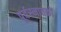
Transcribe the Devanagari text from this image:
पूर्वस्नातकों